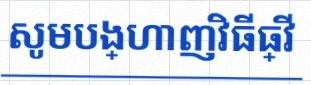
សូមបង្ហាញវិធីធ្វើ